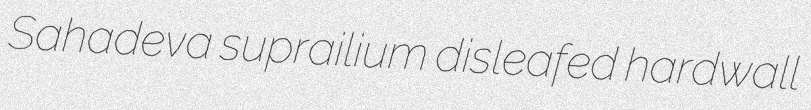
Sahadeva suprailium disleafed hardwall